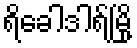
ရိခေါဒါရ်မြို့